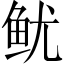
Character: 鱿